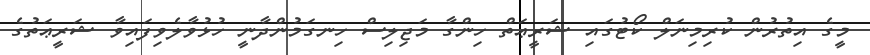
މީގެ އިތުރުން ކުރިމިނަލް ކޯޓުގައި ޝަރީޢަތް ހިންގާ މަޖިލިސް ހިނގަމުންދާނީ ހުޅުވާލެވިފައިވާ ޝަރީޢަތުގެ